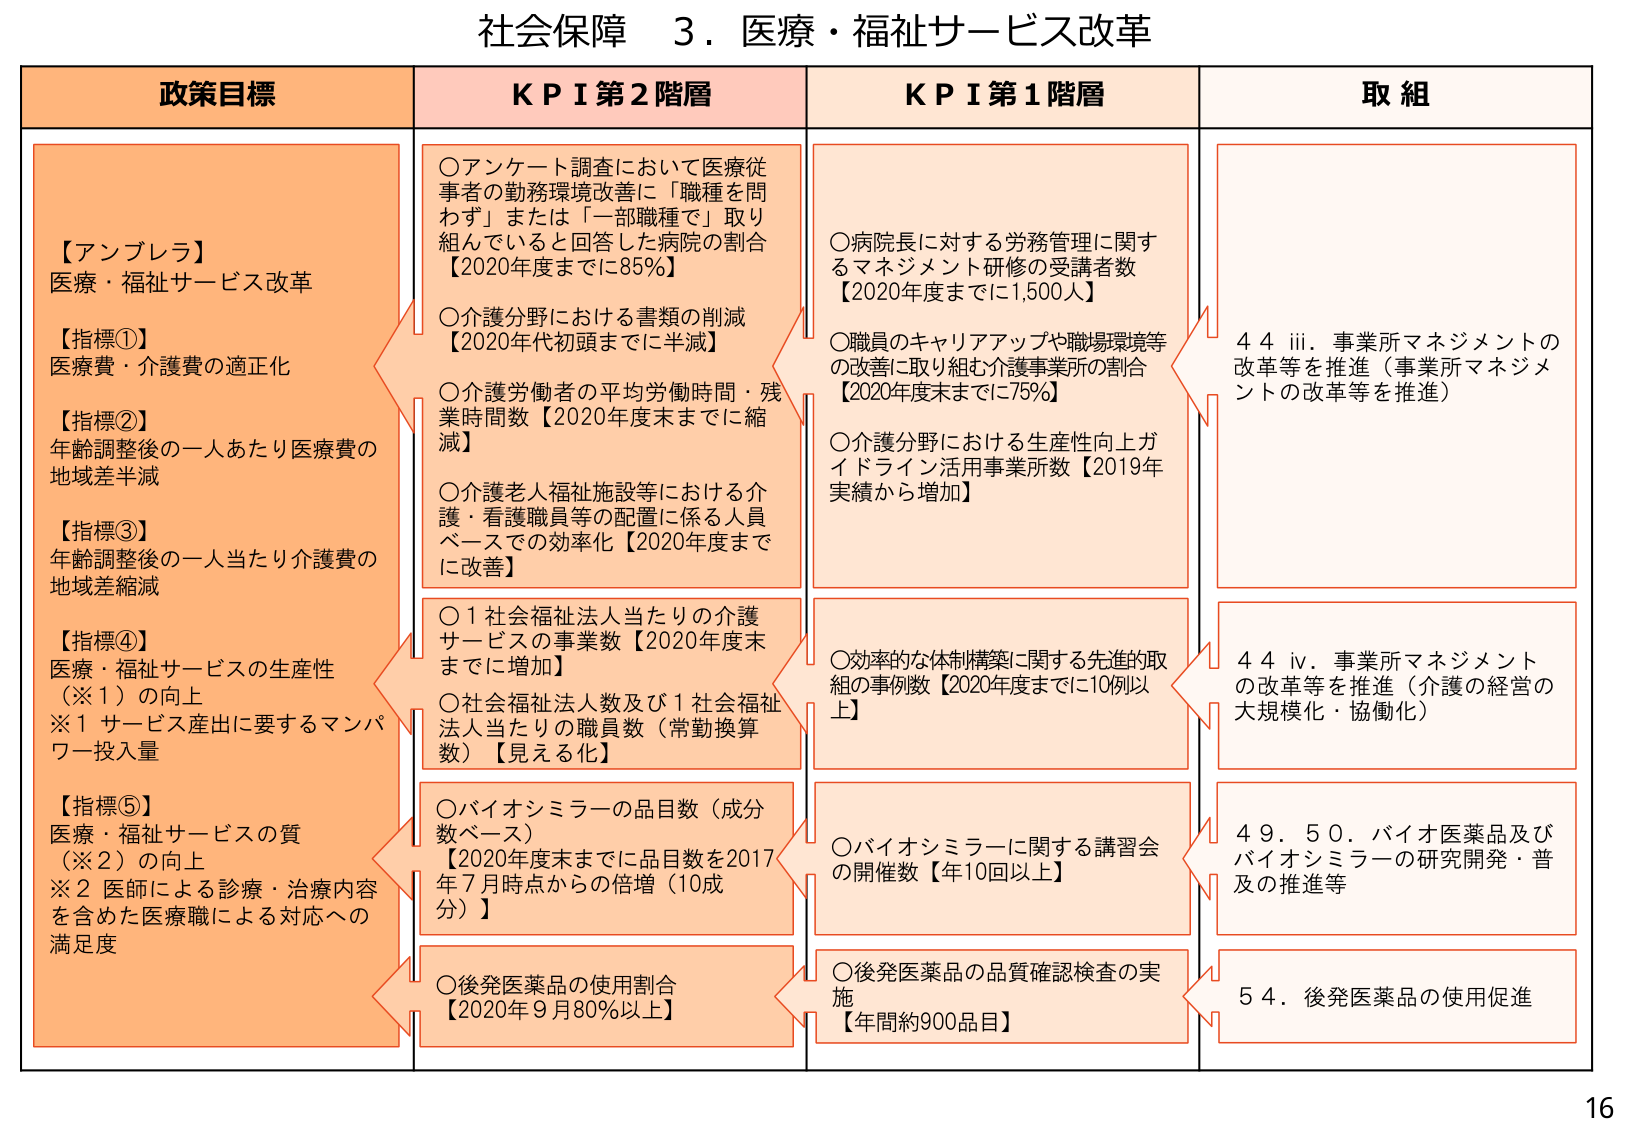
社会保障 3．医療・福祉サービス改革

政策目標
【アンブレラ】
医療・福祉サービス改革
【指標①】
医療費・介護費の適正化
【指標②】
年齢調整後の一人あたり医療費の
地域差半減
【指標③】
年齢調整後の一人当たり介護費の
地域差縮減
【指標④】
医療・福祉サービスの生産性
（※1）の向上
※1 サービス産出に要するマンパ
ワー投入量
【指標⑤】
医療・福祉サービスの質
（※2）の向上
※2 医師による診療・治療内容
を含めた医療職による対応への
満足度

KPI第2階層
○アンケート調査において医療従
事者の勤務環境改善に「職種を問
ず」または「一部職種で」取り
組んでいると回答した病院の割合
【2020年度までに85％】
○介護分野における書類の削減
【2020年代初頭までに半減】
○介護労働者の平均労働時間・残
業時間数【2020年度末までに縮
減】
○介護老人福祉施設等における介
護・看護職員等の配置に係る人員
ベースでの効率化【2020年度まで
に改善】
○1社会福祉法人当たりの介護
サービスの事業数【2020年度末
までに増加】
○社会福祉法人数及び1社会福祉
法人当たりの職員数（常勤換算
数）【見える化】
○バイオシミラーの品目数（成分
数ベース）
【2020年度末までに品目数を2017
年7月時点からの倍増（10成分）】
○後発医薬品の使用割合
【2020年9月80％以上】

KPI第1階層
○病院長に対する労務管理に関す
るマネジメント研修の受講者数
【2020年度までに1,500人】
○職員のキャリアアップや職場環境等
の改善に取り組む介護事業所の割合
【2020年度末までに75％】
○介護分野における生産性向上ガ
イドライン活用事業所数【2019年
実績から増加】
○効率的な体制構築に関する先進的取
組の事例数【2020年度までに10例以
上】
○バイオシミラーに関する講習会
の開催数【年10回以上】
○後発医薬品の品質確認検査の実
施
【年間約900品目】

取組
44 iii．事業所マネジメントの
改革等を推進（事業所マネジメ
ントの改革等を推進）
44 iv．事業所マネジメント
の改革等を推進（介護の経営の
大規模化・協働化）
49．50．バイオ医薬品及び
バイオシミラーの研究開発・普
及の推進等
54．後発医薬品の使用促進

16